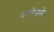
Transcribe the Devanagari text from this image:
कलेजमे